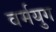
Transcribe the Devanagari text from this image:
वर्मयुग